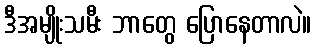
ဒီအမျိုးသမီး ဘာတွေ ပြောနေတာလဲ။